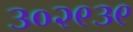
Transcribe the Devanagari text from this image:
३०२९३९